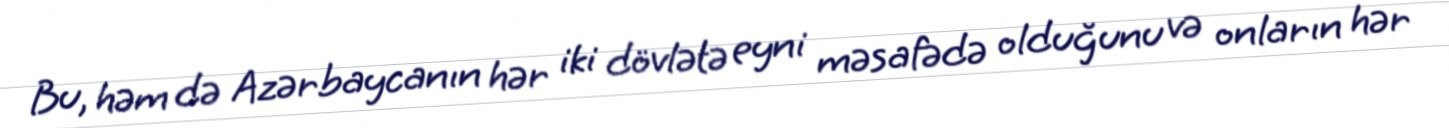
Bu, həm də Azərbaycanın hər iki dövlətə eyni məsafədə olduğunu və onların hər